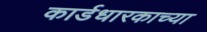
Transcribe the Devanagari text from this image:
कार्डधारकाच्या